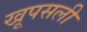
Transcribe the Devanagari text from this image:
खूपसली